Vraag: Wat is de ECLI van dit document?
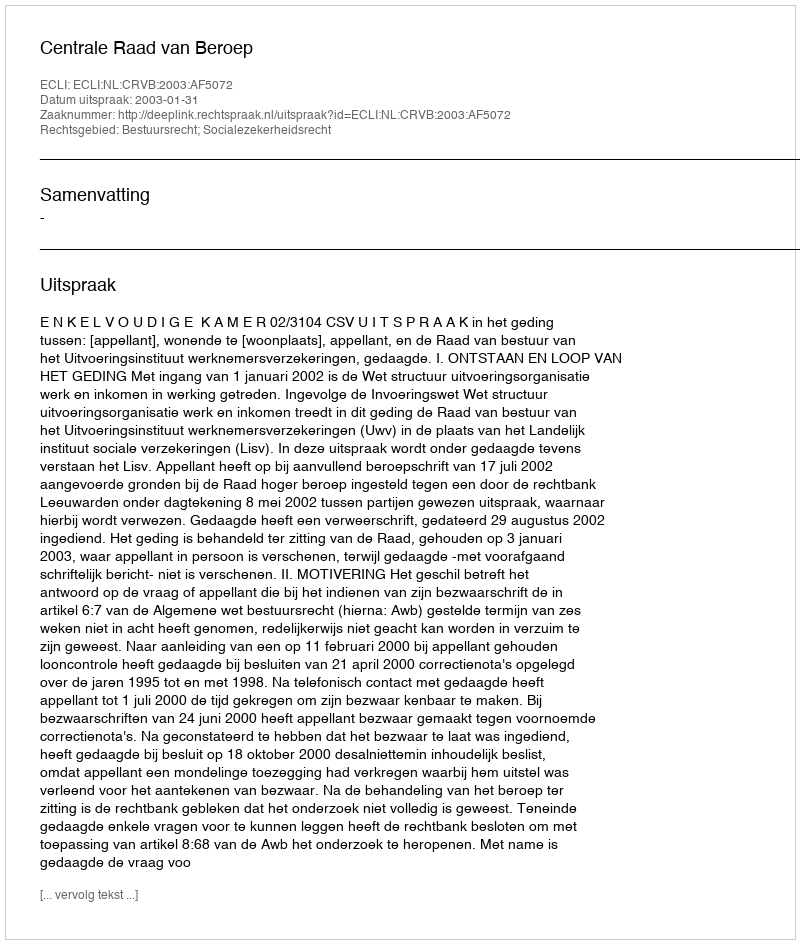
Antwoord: ECLI:NL:CRVB:2003:AF5072